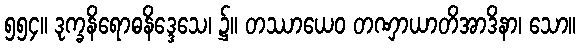
၅၅၄။ ဒုက္ခနိရောဓနိဒ္ဒေသေ၊ ၌။ တဿာယေဝ တဏှာယာတိအာဒိနာ၊ သော။